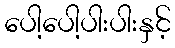
ပေါ့ပေါ့ပါးပါးနှင့်